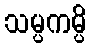
သမ္ပကမ္ပိ